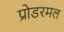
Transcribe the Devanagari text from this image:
प्रोडरमल